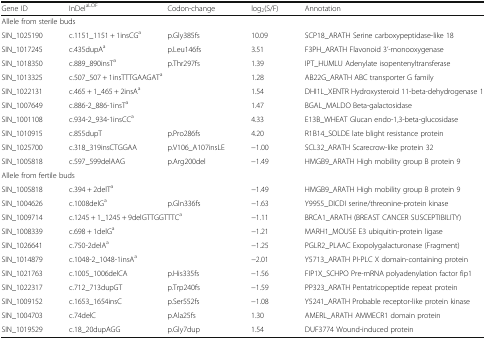
<table><thead><tr><td><b>Gene ID</b></td><td><b>InDel<sup>aLOF</sup></b></td><td><b>Codon-change</b></td><td><b>log<sub>2</sub>(S/F)</b></td><td><b>Annotation</b></td></tr></thead><tbody><tr><td colspan="5">Allele from sterile buds</td></tr><tr><td>SIN_1025190</td><td>c.1151_1151 + 1insCG<sup>a</sup></td><td>p.Gly385fs</td><td>10.09</td><td>SCP18_ARATH Serine carboxypeptidase-like 18</td></tr><tr><td>SIN_1017245</td><td>c.435dupA<sup>a</sup></td><td>p.Leu146fs</td><td>3.51</td><td>F3PH_ARATH Flavonoid 3’-monooxygenase</td></tr><tr><td>SIN_1018350</td><td>c.889_890insT<sup>a</sup></td><td>p.Thr297fs</td><td>1.39</td><td>IPT_HUMLU Adenylate isopentenyltransferase</td></tr><tr><td>SIN_1013325</td><td colspan="2">c.507_507 + 1insTTTGAAGAT<sup>a</sup></td><td>1.28</td><td>AB22G_ARATH ABC transporter G family</td></tr><tr><td>SIN_1022131</td><td>c.465 + 1_465 + 2insA<sup>a</sup></td><td></td><td>1.54</td><td>DHI1L_XENTR Hydroxysteroid 11-beta-dehydrogenase 1</td></tr><tr><td>SIN_1007649</td><td>c.886-2_886-1insT<sup>a</sup></td><td></td><td>1.47</td><td>BGAL_MALDO Beta-galactosidase</td></tr><tr><td>SIN_1001108</td><td>c.934-2_934-1insCC<sup>a</sup></td><td></td><td>4.33</td><td>E13B_WHEAT Glucan endo-1,3-beta-glucosidase</td></tr><tr><td>SIN_1010915</td><td>c.855dupT</td><td>p.Pro286fs</td><td>4.20</td><td>R1B14_SOLDE late blight resistance protein</td></tr><tr><td>SIN_1025700</td><td>c.318_319insCTGGAA</td><td>p.V106_A107insLE</td><td>−1.00</td><td>SCL32_ARATH Scarecrow-like protein 32</td></tr><tr><td>SIN_1005818</td><td>c.597_599delAAG</td><td>p.Arg200del</td><td>−1.49</td><td>HMGB9_ARATH High mobility group B protein 9</td></tr><tr><td colspan="5">Allele from fertile buds</td></tr><tr><td>SIN_1005818</td><td>c.394 + 2delT<sup>a</sup></td><td></td><td>−1.49</td><td>HMGB9_ARATH High mobility group B protein 9</td></tr><tr><td>SIN_1004626</td><td>c.1008delG<sup>a</sup></td><td>p.Gln336fs</td><td>−1.63</td><td>Y9955_DICDI serine/threonine-protein kinase</td></tr><tr><td>SIN_1009714</td><td colspan="2">c.1245 + 1_1245 + 9delGTTGGTTTC<sup>a</sup></td><td>−1.11</td><td>BRCA1_ARATH (BREAST CANCER SUSCEPTIBILITY)</td></tr><tr><td>SIN_1008339</td><td>c.698 + 1delG<sup>a</sup></td><td></td><td>−1.21</td><td>MARH1_MOUSE E3 ubiquitin-protein ligase</td></tr><tr><td>SIN_1026641</td><td>c.750-2delA<sup>a</sup></td><td></td><td>−1.25</td><td>PGLR2_PLAAC Exopolygalacturonase (Fragment)</td></tr><tr><td>SIN_1014879</td><td>c.1048-2_1048-1insA<sup>a</sup></td><td></td><td>−2.01</td><td>Y5713_ARATH PI-PLC X domain-containing protein</td></tr><tr><td>SIN_1021763</td><td>c.1005_1006delCA</td><td>p.His335fs</td><td>−1.56</td><td>FIP1X_SCHPO Pre-mRNA polyadenylation factor fip1</td></tr><tr><td>SIN_1022317</td><td>c.712_713dupGT</td><td>p.Trp240fs</td><td>−1.59</td><td>PP323_ARATH Pentatricopeptide repeat protein</td></tr><tr><td>SIN_1009152</td><td>c.1653_1654insC</td><td>p.Ser552fs</td><td>−1.08</td><td>Y5241_ARATH Probable receptor-like protein kinase</td></tr><tr><td>SIN_1004703</td><td>c.74delC</td><td>p.Ala25fs</td><td>1.30</td><td>AMERL_ARATH AMMECR1 domain protein</td></tr><tr><td>SIN_1019529</td><td>c.18_20dupAGG</td><td>p.Gly7dup</td><td>1.54</td><td>DUF3774 Wound-induced protein</td></tr></tbody></table>